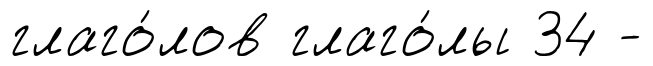
глаго́лов глаго́лы 34 -